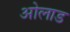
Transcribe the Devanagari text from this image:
ओलाड